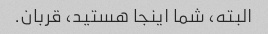
البته، شما اینجا هستید، قربان.